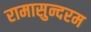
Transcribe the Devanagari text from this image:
रामासुन्दरम